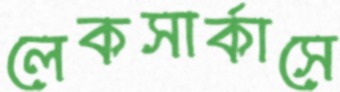
লেকসার্কাসে